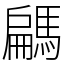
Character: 騗